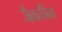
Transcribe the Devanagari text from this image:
जैवलीन